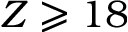
Z \geqslant 1 8